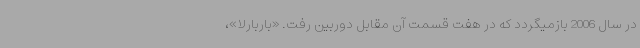
در سال 2006 بازمیگردد که در هفت قسمت آن مقابل دوربین رفت. «باربارلا»،